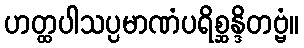
ဟတ္ထပါသပ္ပမာဏံပရိစ္ဆန္ဒိတဗ္ဗံ။